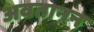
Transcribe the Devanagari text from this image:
अवतानन